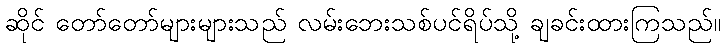
ဆိုင် တော်တော်များများသည် လမ်းဘေးသစ်ပင်ရိပ်သို့ ချခင်းထားကြသည်။